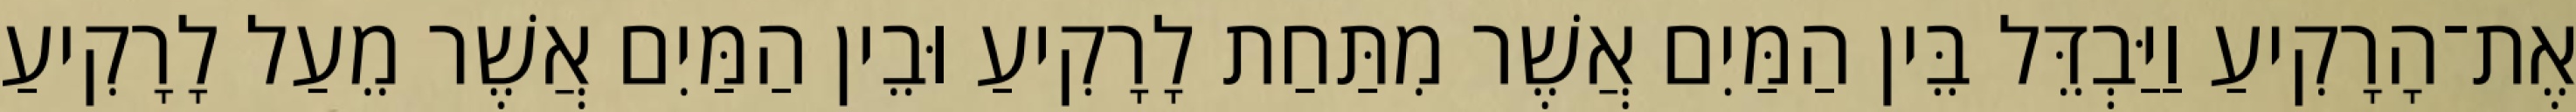
אֶת־הָרָקִיעַ וַיַּבְדֵּל בֵּין הַמַּיִם אֲשֶׁר מִתַּחַת לָרָקִיעַ וּבֵין הַמַּיִם אֲשֶׁר מֵעַל לָרָקִיעַ